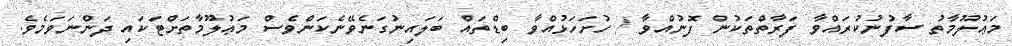
މަޢުލޫމާތު ސާފުނުކުރައްވާ ފަރާތްތަކުން ފޮނުއްވާ / ހުށަހަޅުއްވާ ބިޑްތައް ބަލައިނުގަނެވޭނެކަންވެސް މަޢުލޫމާތަށްޓަކައި ދަންނަވަމެވެ.